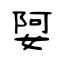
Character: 娿